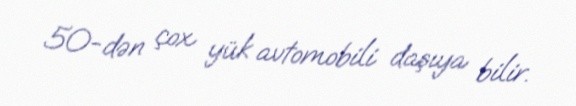
50-dən çox yük avtomobili daşıya bilir.